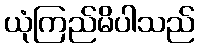
ယုံကြည်မိပါသည်